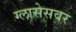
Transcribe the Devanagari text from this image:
ग्लासेसवर